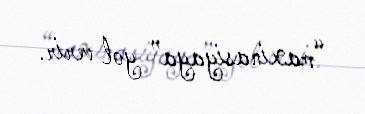
“maxinasiyaya” yol verir.